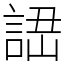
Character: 䛝